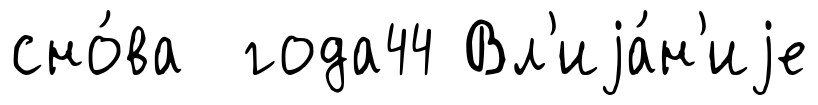
сно́ва года44 Вл'иjа́н'иjе